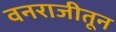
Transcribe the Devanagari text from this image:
वनराजीतून